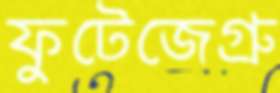
ফুটেজেগ্রু